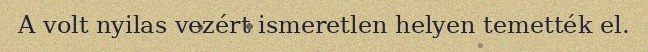
A volt nyilas vezért ismeretlen helyen temették el.